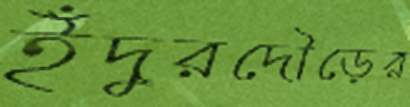
ইঁদুরদৌড়ের